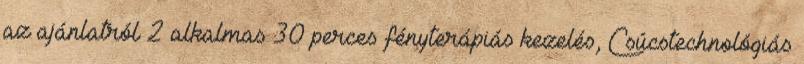
az ajánlatról 2 alkalmas 30 perces fényterápiás kezelés, Csúcstechnológiás